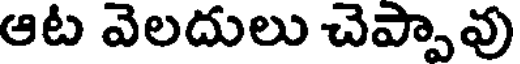
ఆట వెలదులు చెప్పావు